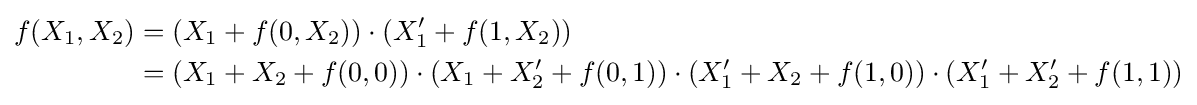
{\begin{aligned}f(X_{1},X_{2})&=(X_{1}+f(0,X_{2}))\cdot (X_{1}'+f(1,X_{2}))\\&=(X_{1}+X_{2}+f(0,0))\cdot (X_{1}+X_{2}'+f(0,1))\cdot (X_{1}'+X_{2}+f(1,0))\cdot (X_{1}'+X_{2}'+f(1,1))\end{aligned}}